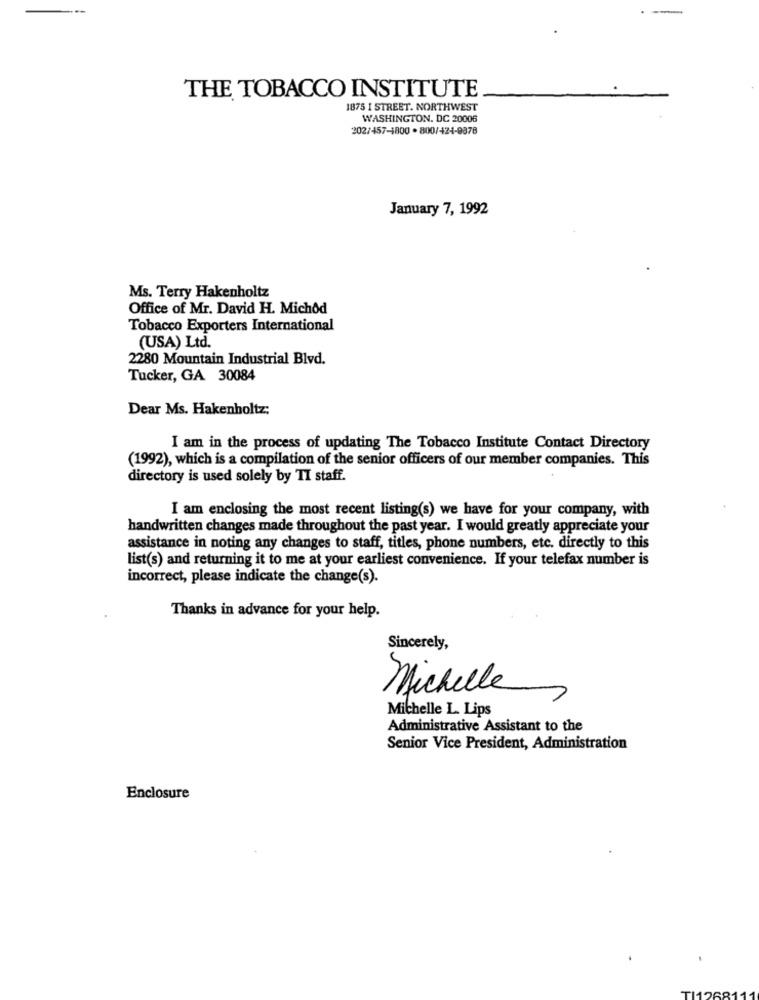
THE TOBACCO INSTITUTE
1875 I STREET. NORTHWEST
WASHINGTON, DC 20006
202/457-1800 . 800/424-9878
January 7, 1992
Ms. Terry Hakenholtz
Office of Mr. David H. Michod
Tobacco Exporters International
(USA) Ltd.
2280 Mountain Industrial Blvd.
Tucker, GA 30084
Dear Ms. Hakenholtz;
I am in the process of updating The Tobacco Institute Contact Directory
(1992), which is a compilation of the senior officers of our member companies. This
directory is used solely by TI staff.
I am enclosing the most recent listing(s) we have for your company, with
handwritten changes made throughout the past year. I would greatly appreciate your
assistance in noting any changes to staff, titles, phone numbers, etc. directly to this
list(s) and returning it to me at your earliest convenience. If your telefax number is
incorrect, please indicate the change(s).
Thanks in advance for your help.
Sincerely,
Michelle
Michelle L. Lips
Administrative Assistant to the
Senior Vice President, Administration
Enclosure